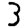
Digit: 3